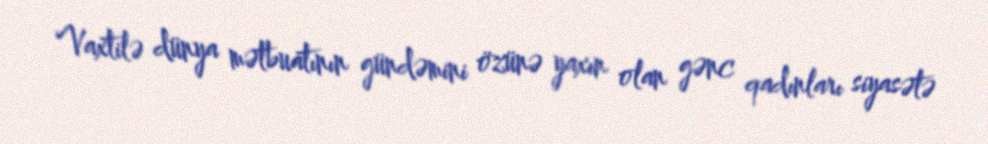
Vaxtilə dünya mətbuatının gündəmini özünə yaxın olan gənc qadınları siyasətə